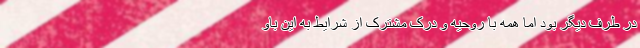
در طرف دیگر بود اما همه با روحیه و درک مشترک از شرایط به این باو